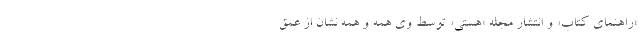
«‌راهنمای کتاب» و انتشار مجله «هستی» توسط وی همه و همه نشان از عمق